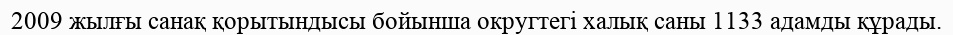
2009 жылғы санақ қорытындысы бойынша округтегі халық саны 1133 адамды құрады.